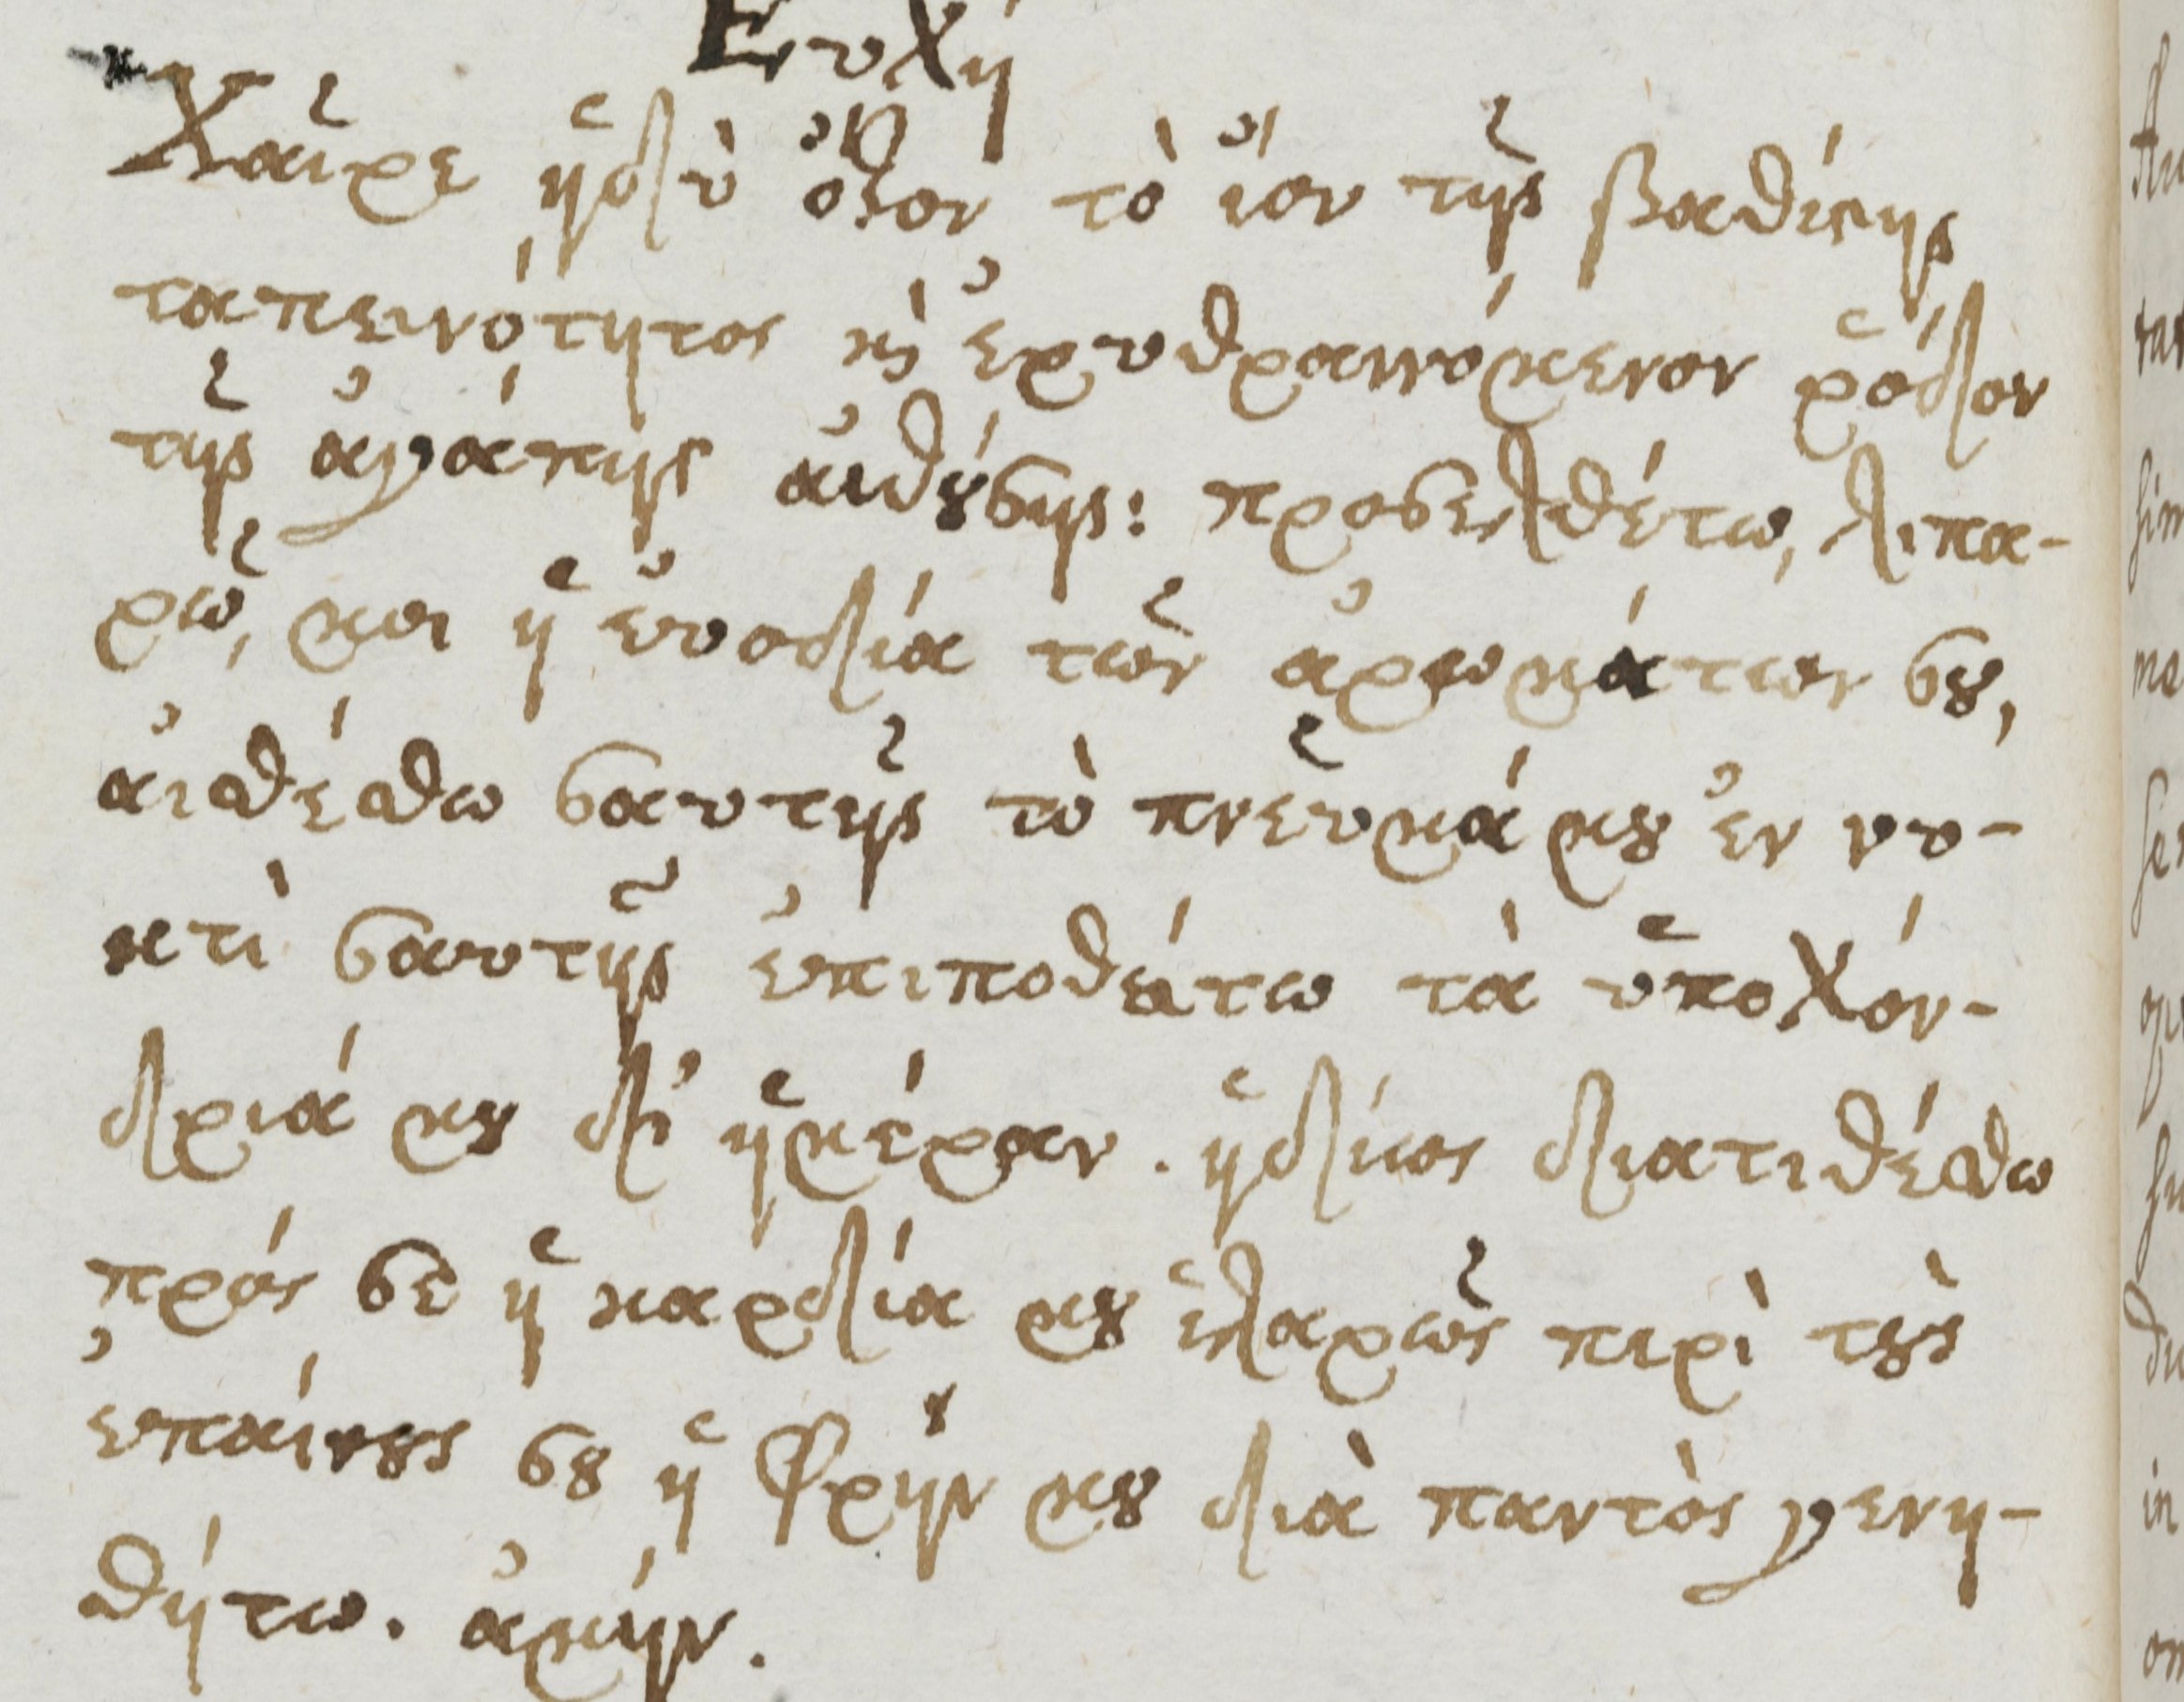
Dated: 1661–1661